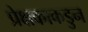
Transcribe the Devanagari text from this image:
प्रेक्षकाकडुन